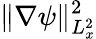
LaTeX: \lVert\nabla\psi\rVert_{L_{x}^{2}}^{2}